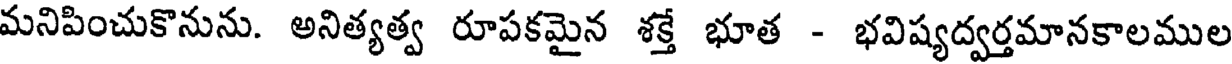
మనిపించుకొనును. అనిత్యత్వ రూపకమైన శక్తే భూత - భవిష్యద్వర్తమానకాలముల